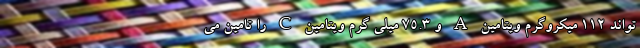
تواند 112 میکروگرم ویتامین A و 75.3 میلی گرم ویتامین C را تامین می